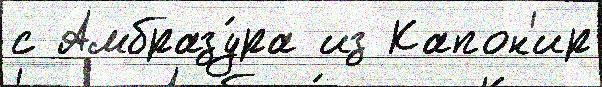
с Амбразу́ра из Капон'ир